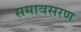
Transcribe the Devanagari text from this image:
समावसरण